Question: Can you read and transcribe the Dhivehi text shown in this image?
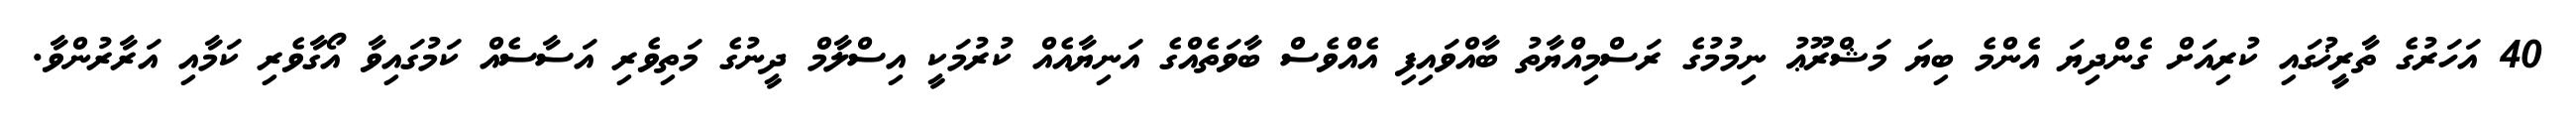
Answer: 40 އަހަރުގެ ތާރީޚުގައި ކުރިއަށް ގެންދިޔަ އެންމެ ބިޔަ މަޝްރޫޢު ނިމުމުގެ ރަސްމިއްޔާތު ބާއްވައިފި އެއްވެސް ބާވަތެއްގެ އަނިޔާއެއް ކުރުމަކީ އިސްލާމް ދީނުގެ މަތިވެރި އަސާސެއް ކަމުގައިވާ އޯގާވެރި ކަމާއި އަރާރުންވާ.